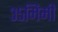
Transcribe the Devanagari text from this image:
३५मिमी